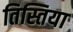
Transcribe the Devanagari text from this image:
तिस्तिया